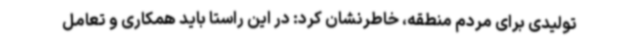
تولیدی برای مردم منطقه، خاطرنشان کرد: در این راستا باید همکاری و تعامل